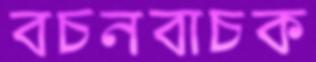
বচনবাচক